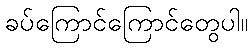
ခပ်ကြောင်ကြောင်တွေပါ။